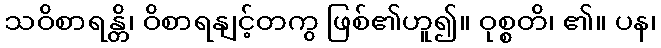
သဝိစာရန္တိ၊ ဝိစာရနျင့်တကွ ဖြစ်၏ဟူ၍။ ဝုစ္စတိ၊ ၏။ ပန၊